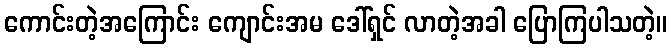
ကောင်းတဲ့အကြောင်း ကျောင်းအမ ဒေါ်ရှင် လာတဲ့အခါ ပြောကြပါသတဲ့။